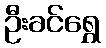
ဦးခင်ရွှေ